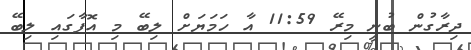
ދިރާގުން ބުނީ މިރޭ 11:59 އާ ހަމަޔަށް ލިބޭ މި އޮފާގައި ލިބޭ